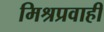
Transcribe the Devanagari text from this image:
मिश्रप्रवाही